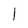
Character: 1